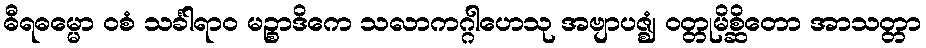
ဓီရဓမ္မော ဝစံ သင်္ခါရာဝ မဉ္စာဒိကေ သလာကဂ္ဂါဟေသု အဗျာပဇ္ဈံ ဝတ္တုမိစ္ဆိတော အာသတ္တာ